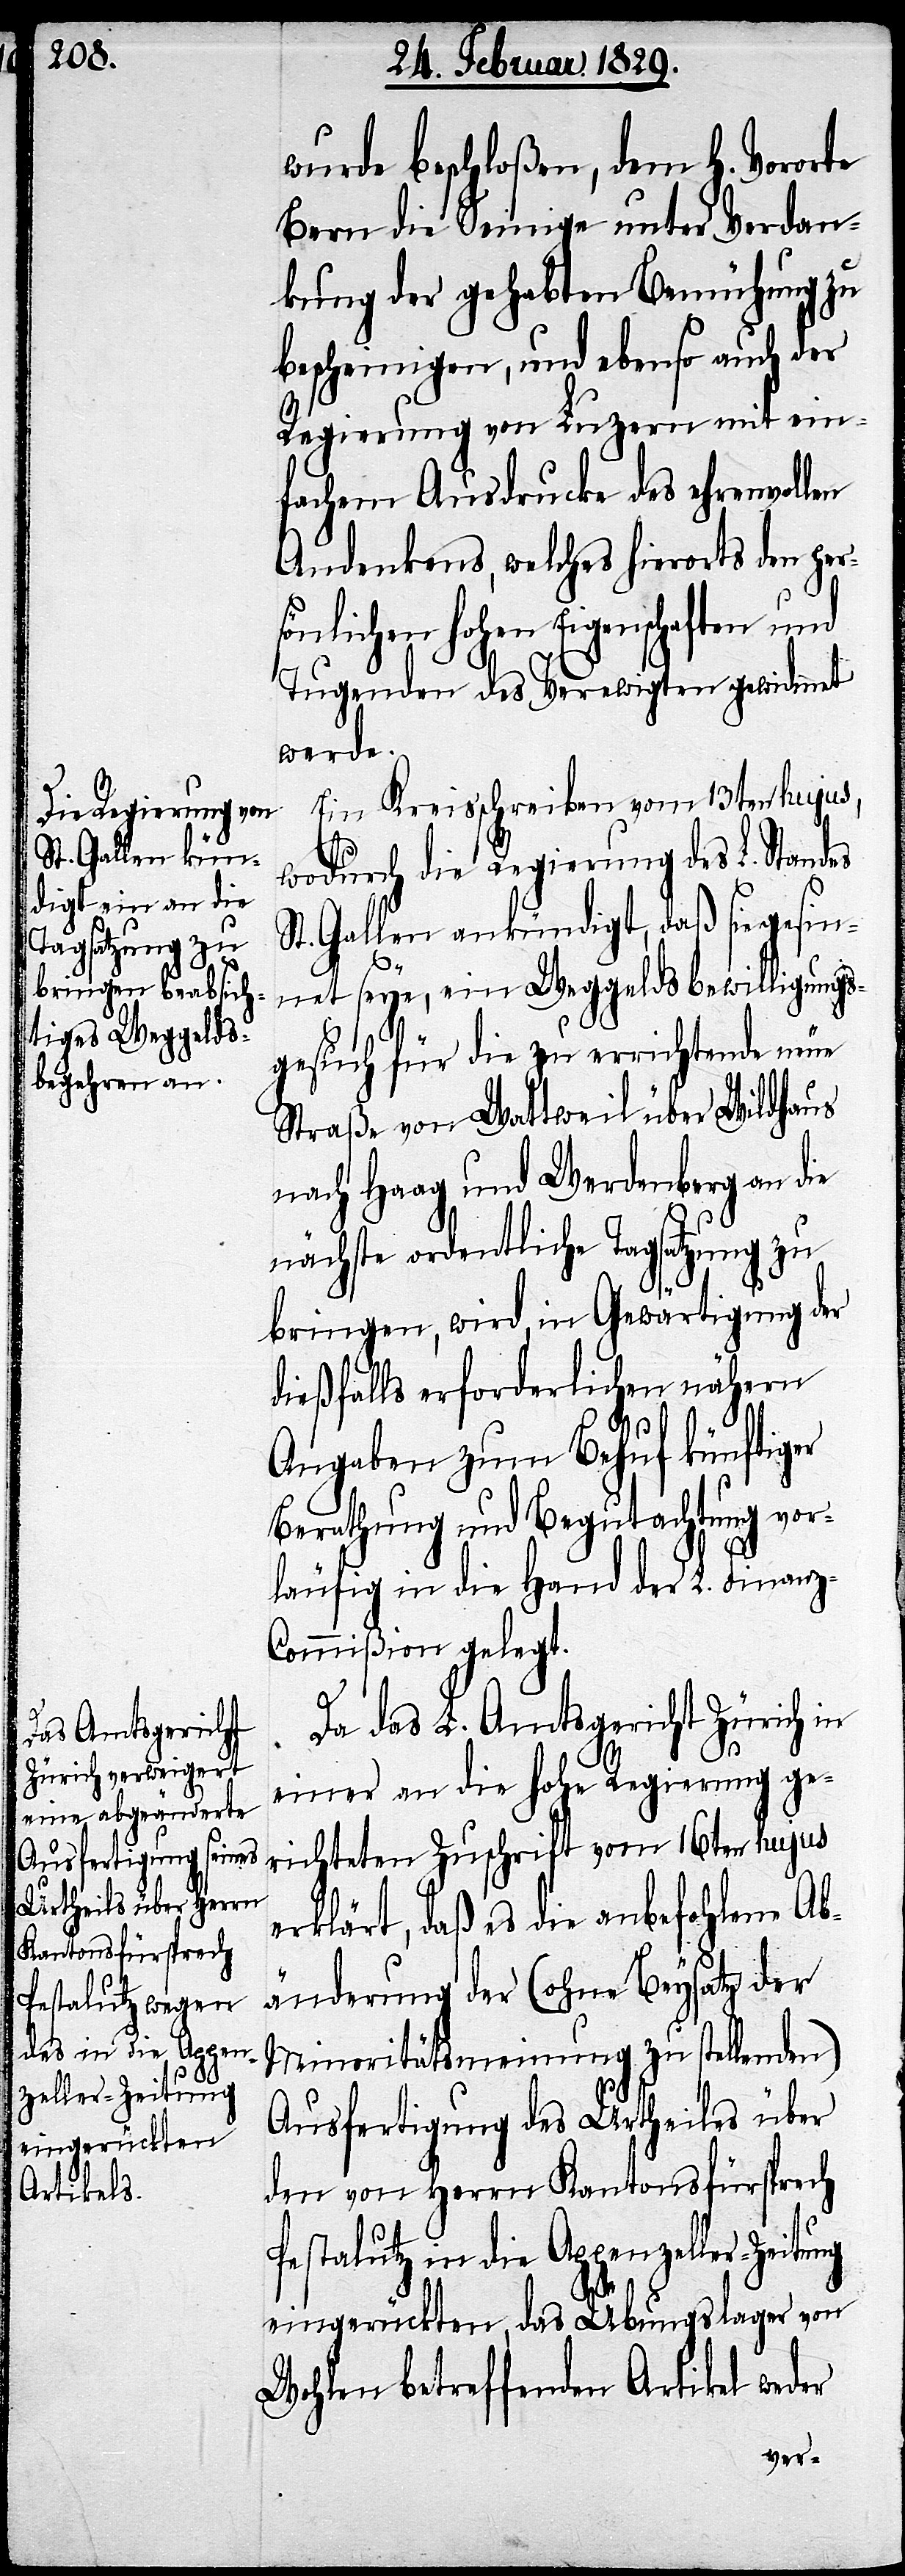
wurde beschloßen, dem H. Vororte
Bern die Seinige unter Verdan¬
kung der gehabten Bemühung zu
bescheinigen, und ebenso auch der
Regierung von Luzern mit ein¬
fachem Ausdrucke des ehrenvollen
Andenkens, welches hierorts den per¬
sönlichen hohen Eigenschaften und
Tugenden des Verewigten gewidmet
werde.
Ein Kreisschreiben vom 13ten hujus,
wodurch die Regierung des L. Stand¬
St. Gallen ankündigt, daß sie gesin¬
es
net sey, ein Weggeldsbewilligungs¬
gesuch für die zu errichtende neue
Straße von Wattweil über Wildhaus
nach Haag und Werdenberg an die
nächste ordentliche Tagsatzung zu
bringen, wird, in Gewärtigung der
dießfalls erforderlichen nähern
Angaben zum Behuf künftiger
Berathung und Begutachtung vor¬
läufig in die Hand der L. Finanz-C¬
ommißion gelegt.
Da das L. Amtsgericht Zürich in
einer an die hohe Regierung ge¬
richteten Zuschrift vom 16ten hujus
erklärt, daß es die anbefohlene Ab¬
änderung der (ohne Beysatz der
Minoritätserklärung zu stellenden)
Ausfertigung des Urtheils über
den von Herrn Kantonsfürsprech
Pestalutz in die Appenzeller-Zeitung
eingerückten, das Übungslager von
Wohlen betreffenden Artikel weder